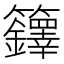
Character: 𮇁